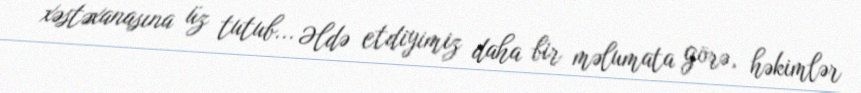
xəstəxanasına üz tutub... Əldə etdiyimiz daha bir məlumata görə, həkimlər